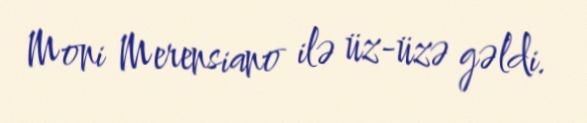
Moni Merensiano ilə üz-üzə gəldi.